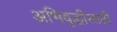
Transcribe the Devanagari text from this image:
अभिवृद्धीसाठी